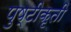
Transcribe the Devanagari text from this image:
पुष्टीकृती